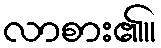
လာစား၏။